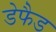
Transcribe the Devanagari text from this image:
डेफैड